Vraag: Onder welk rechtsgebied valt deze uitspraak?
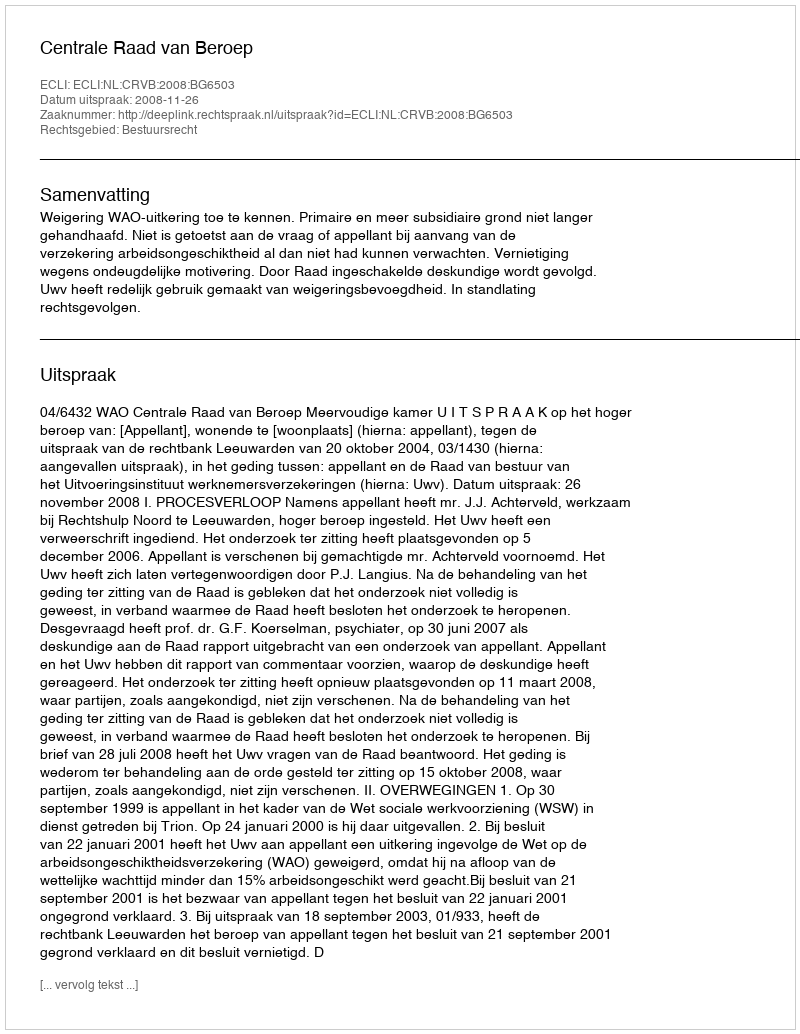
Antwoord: Bestuursrecht